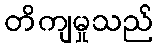
တိကျမှုသည်